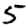
Digit: 5